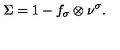
\Sigma = 1 - f _ { \sigma } \otimes \nu ^ { \sigma } .